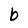
Character: b